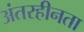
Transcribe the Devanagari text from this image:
अंतरहीनता